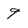
Character: 9